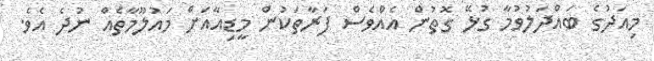
މިއަދުގެ ބައްދަލުވުމާ ގުޅޭ ގޮތުން އެއްވެސް ފަރާތަކުން މީޑިއާއަށް މައުލޫމާތެއް ނުދެ އެވެ.